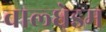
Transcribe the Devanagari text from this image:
वाल्धेइम